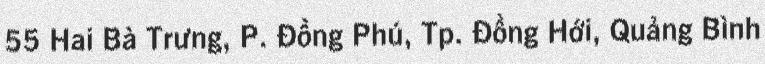
55 Hai Bà Trưng, P. Đồng Phú, Tp. Đồng Hới, Quảng Bình